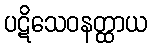
ပဋိသေဝနတ္ထာယ